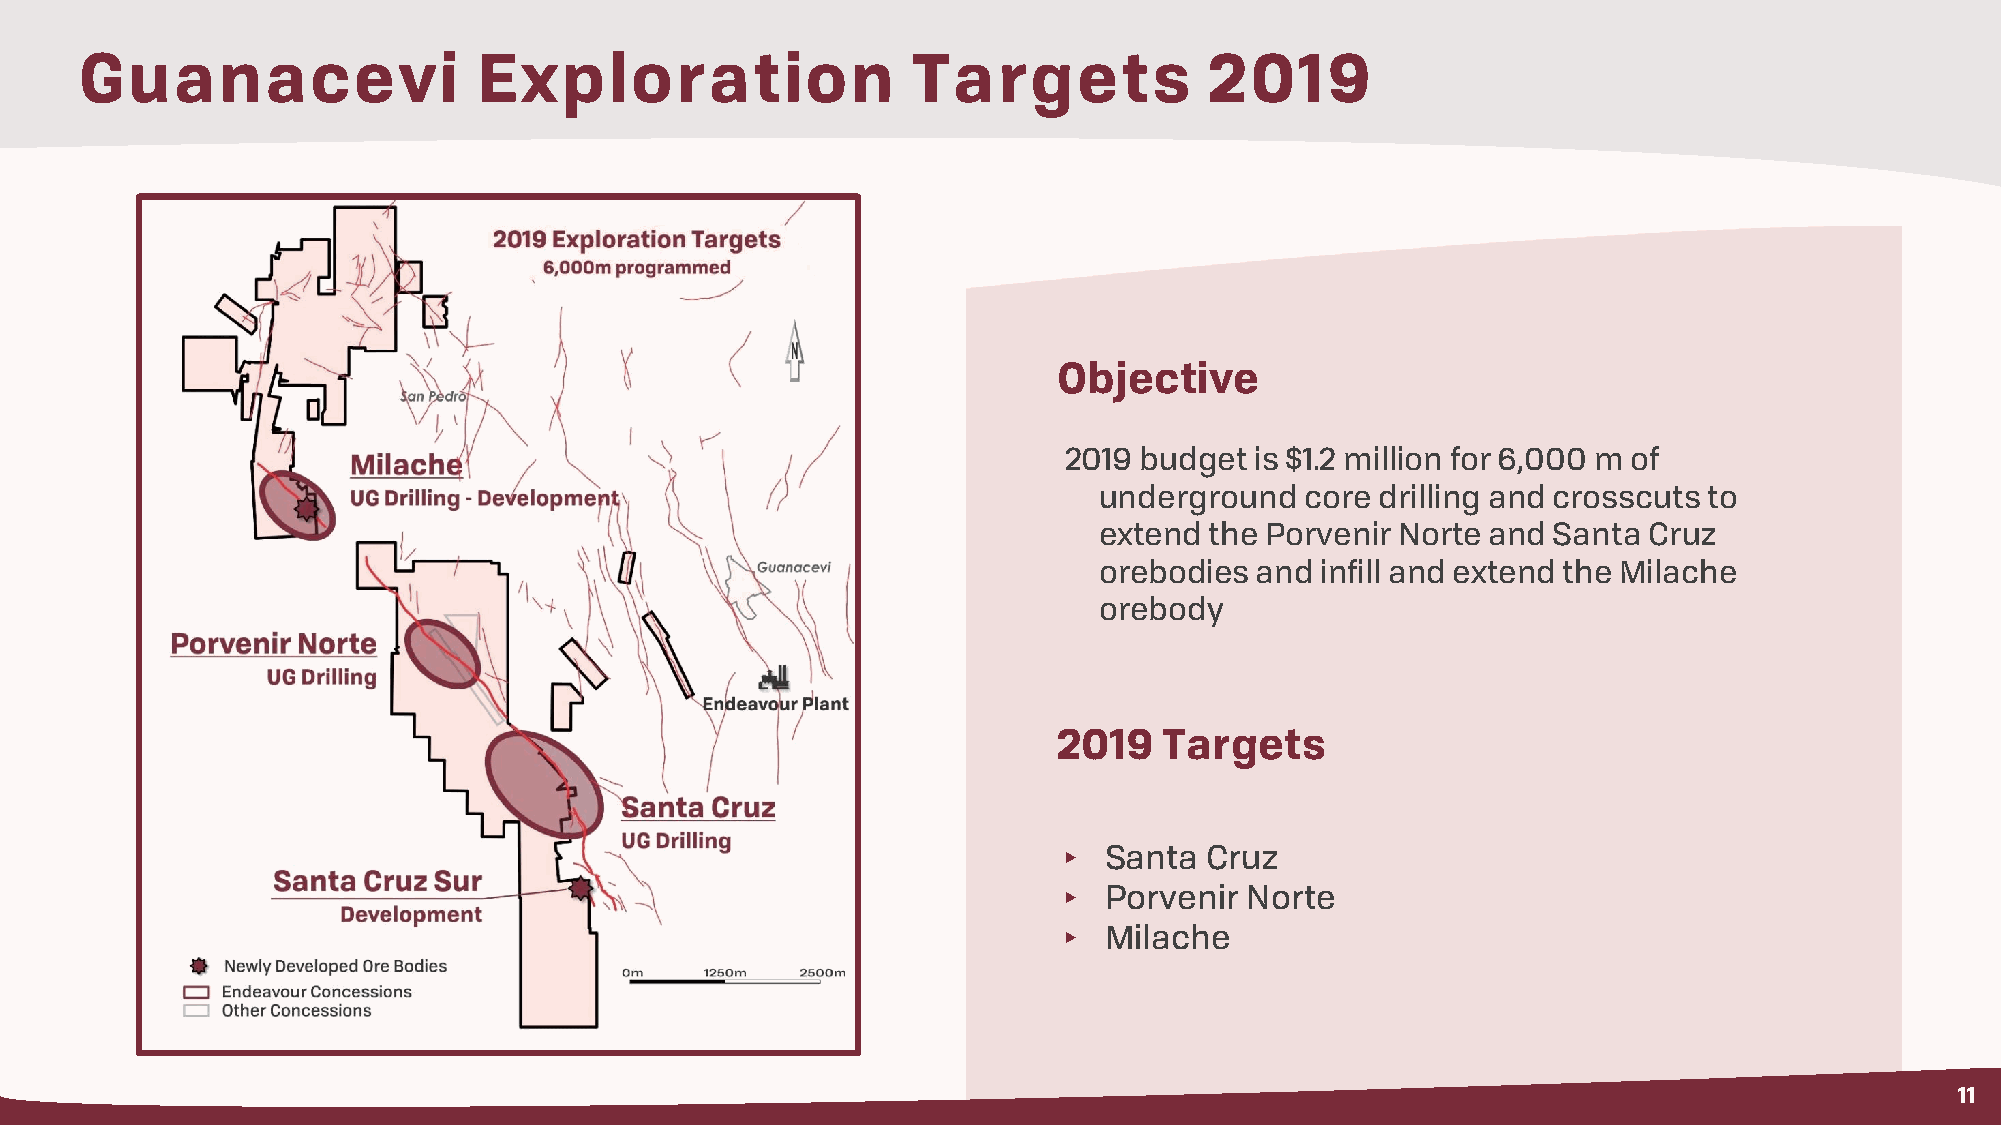
Guanacevi                  Exploration                 Targets             2019
 Objective
 2019 budget  is $1.2 million for 6,000 m of
 underground  core drilling and crosscuts to
 extend the Porvenir Norte and Santa Cruz
 orebodies and infill and extend the Milache
 orebody
 2019   Targets
 ▸  Santa  Cruz
 ▸  Porvenir Norte
 ▸  Milache
 11